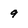
Character: 9